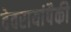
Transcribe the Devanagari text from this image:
देवरायांपैकी